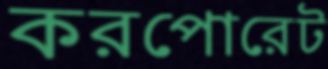
করপোরেট